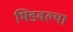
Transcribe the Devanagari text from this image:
भिडवल्या